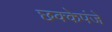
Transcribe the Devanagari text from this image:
छक्केपंजे